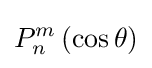
P_{n}^{m}\left(\cos \theta \right)